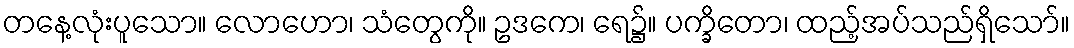
တနေ့လုံးပူသော။ လောဟော၊ သံတွေကို။ ဥဒကေ၊ ရေ၌။ ပက္ခိတော၊ ထည့်အပ်သည်ရှိသော်။